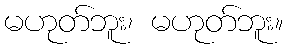
မဟုတ်ဘူး၊ မဟုတ်ဘူး။